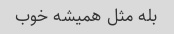
بله مثل همیشه خوب